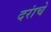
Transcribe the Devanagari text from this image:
दरांचे